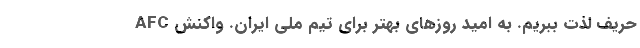
حریف لذت ببریم. به امید روزهای بهتر برای تیم ملی ایران. واکنش AFC